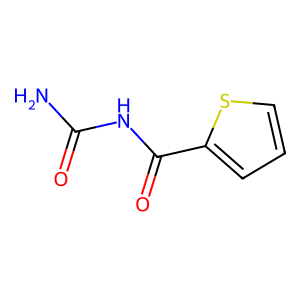
SMILES: NC(=O)NC(=O)c1cccs1
Inhibits HIV replication: No